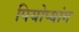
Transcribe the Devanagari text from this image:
पियोप्यांग